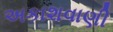
અકાશવાણી